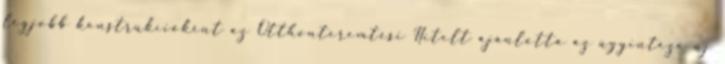
legjobb konstrukcióként az Otthonteremtési Hitelt ajánlotta az ügyintéző új